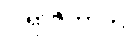
ပါရာဇိကာတိ